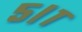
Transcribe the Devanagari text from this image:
५।१